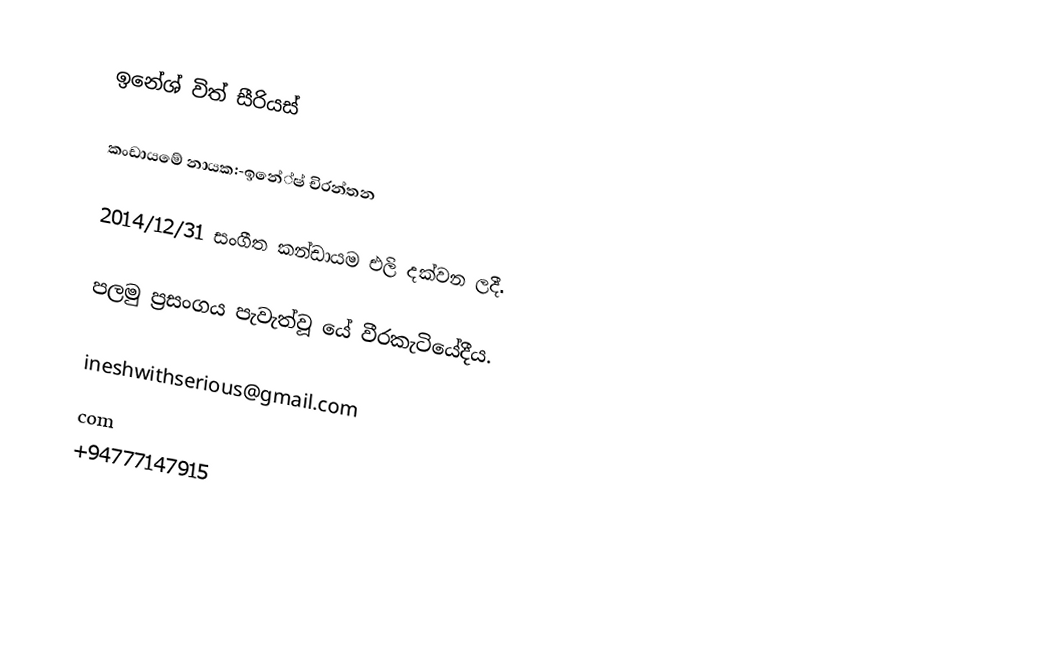
ඉනේශ් විත් සීරියස්

කංඩායමේ නායක:-ඉ⁣නේ්ෂ් චිරන්තන

2014/12/31 සංගීත කන්ඩායම එලි දක්වන ලදී.

පලමු ප්‍රසංගය පැවැත්වූ යේ වීරකැටියේදීය.

ineshwithserious@gmail.com
com
+94777147915